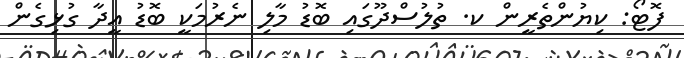
ފޮޓޯ: ކިޔުންތެރީން ކ. ތުލުސްދޫގައި ބޮޑު މާލި ނެރުމަކީ ބޮޑު އީދާ ގުޅިގެން